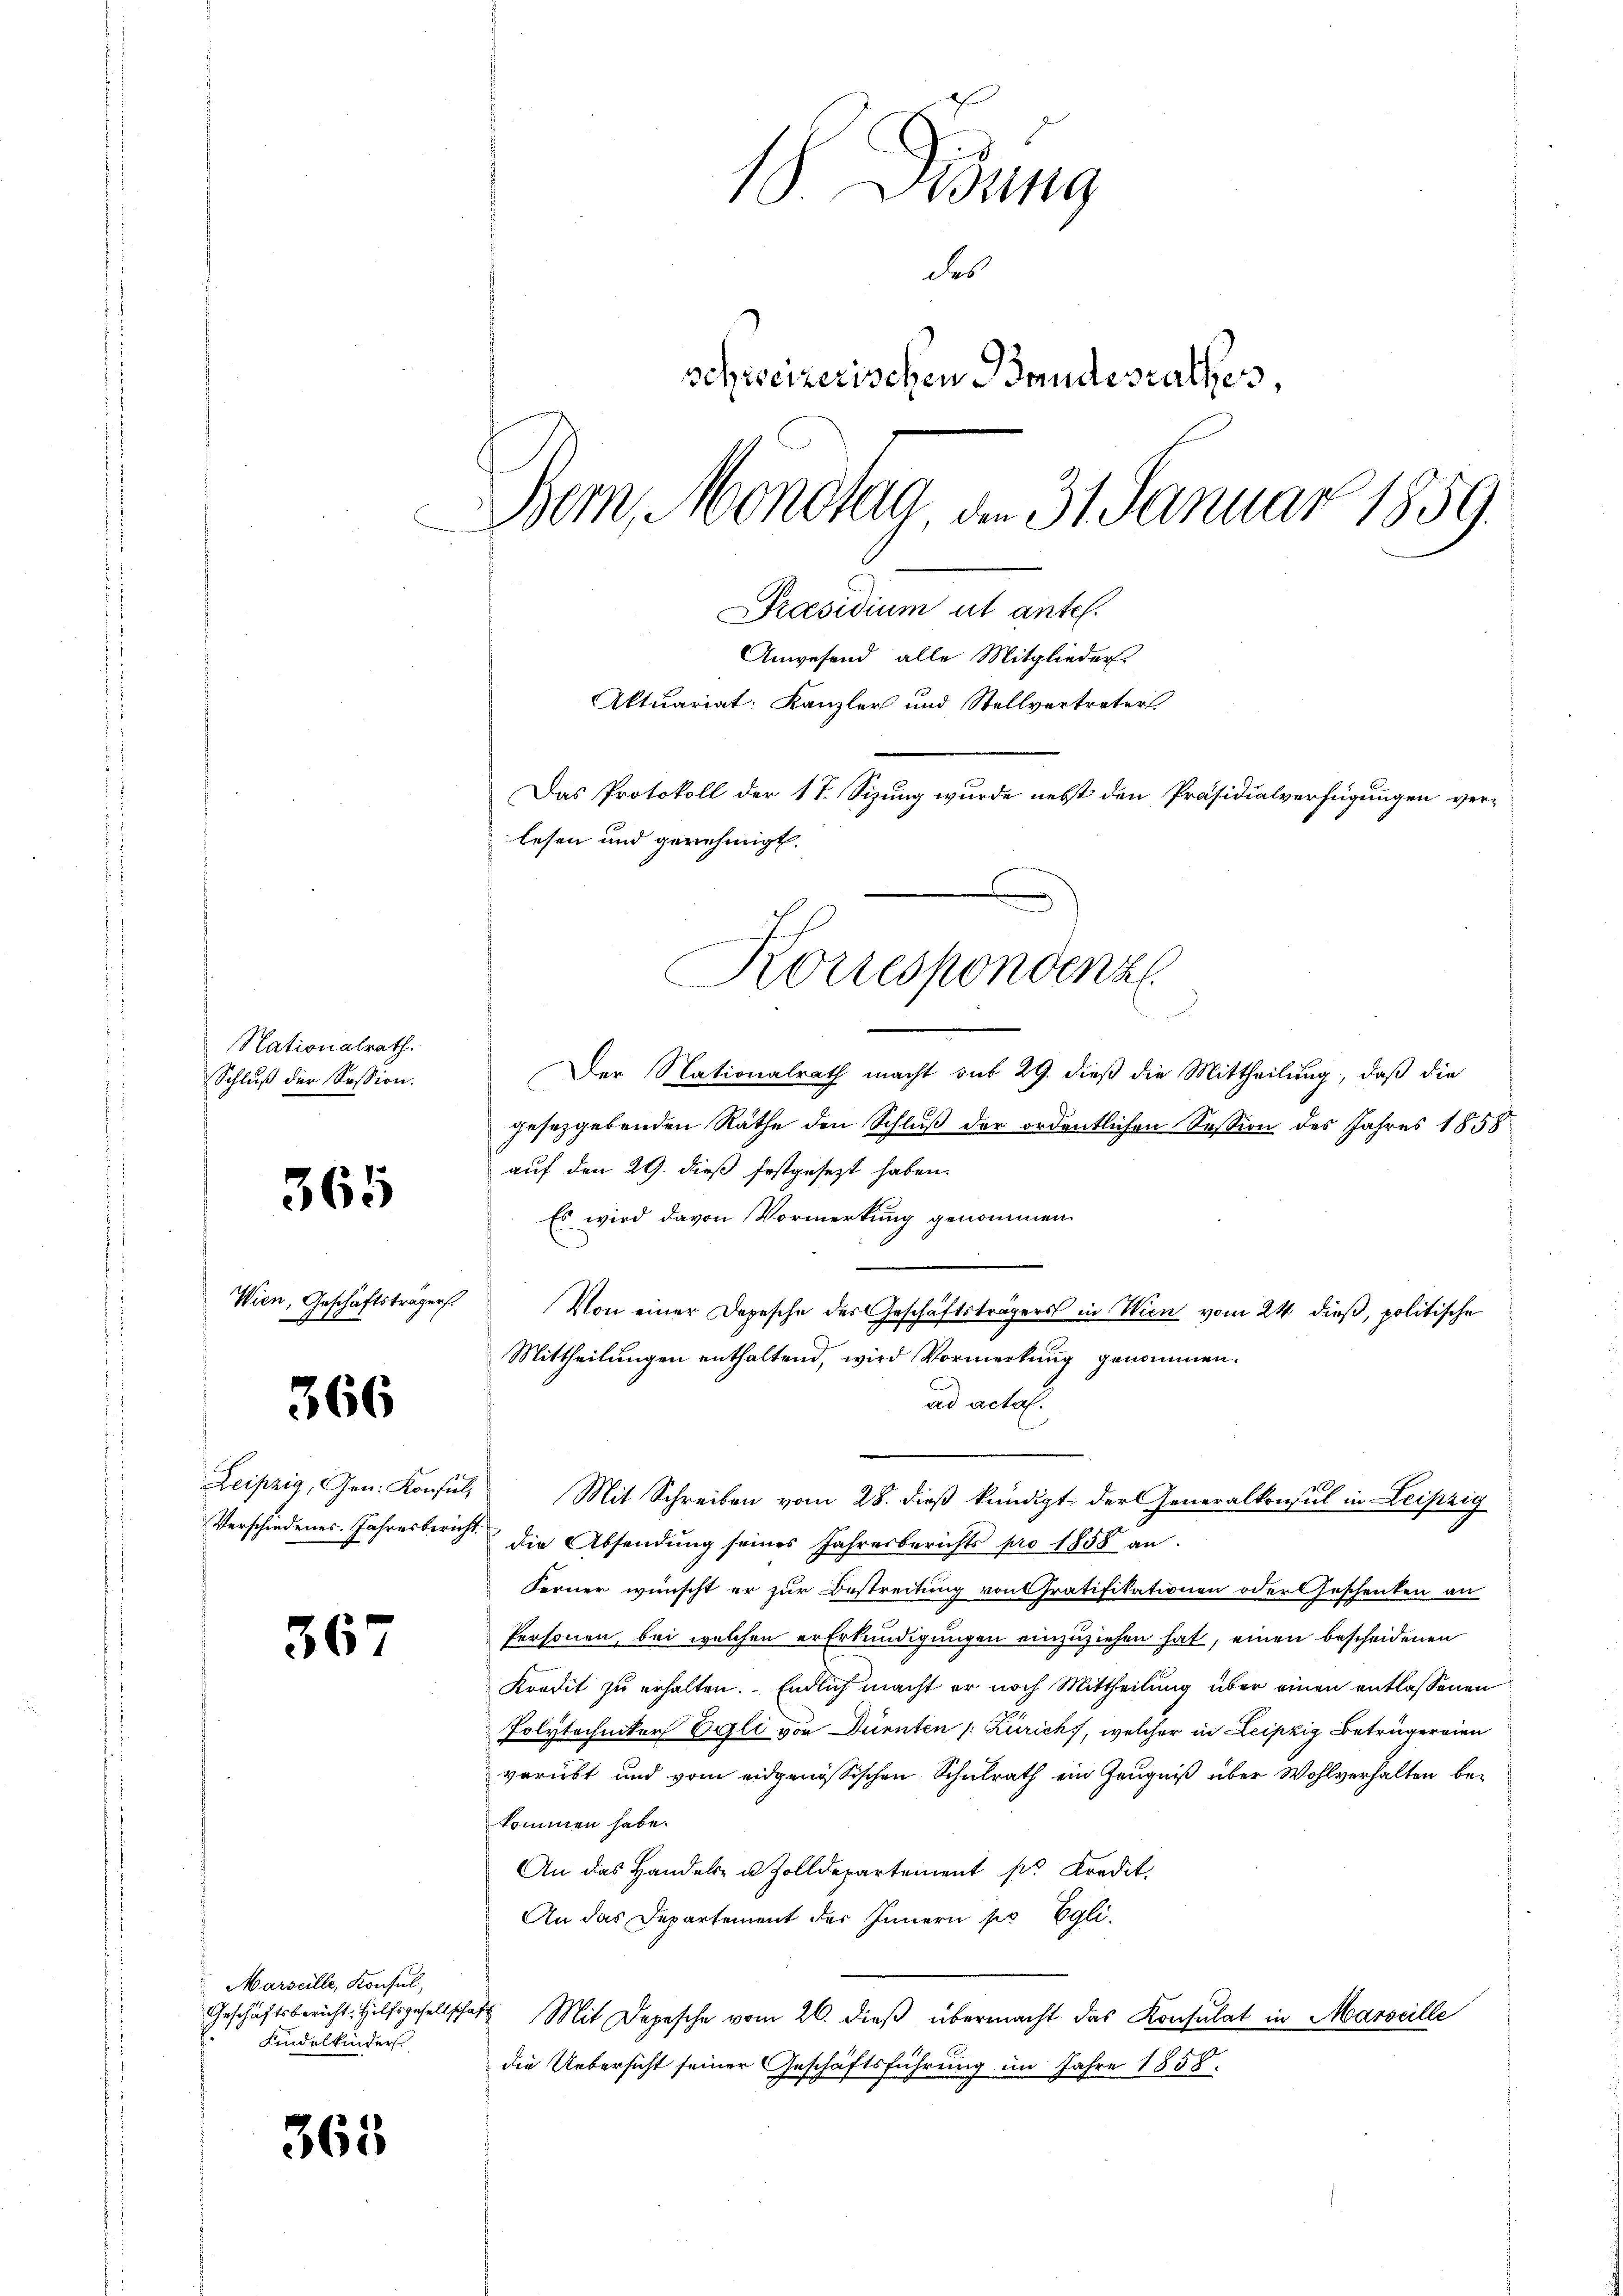
Nationalrath.
Schluß der Session.

365

Wien, Geschäftsträgers.
I 18

366

Leipzig, Gen. Konsin
Verschiedenes. Jahresbern

3

6

Marseille, Konsul,
Geschäftsbericht. Hilfsgesellsch
Kindelkinder

365

18 Wang
des
schweizerischen Bandesrathes,
Bem, Monotag am 31. Januar 1859.
Präsidium ut antel.
Anwesend alle Mitglieder
Aktuariat: Kanzler und Stellvertreter
Das Protokoll der 17. Sizung wurde nebst den Präsidialverfügungen ver-
lesen und genehmigt.
Korrespondenz

Der Nationalrath macht sub 29. dieß die Mittheilung, daß die
gesezgebenden Rathe den Schluß der ordentlichen Session des Jahres 1858
auf den 29. dieß festgesezt haben.
Es wird davon Vormerkung genommen
Von einer Depesche des Geschäftsträgers in Wien vom 24. dieß, politische
Mittheilungen enthaltend, wird Vormerkung genommen.
ad acta.
Mit Schreiben vom 28. dieß kündigt der Generalkonsul in Leipzig
die Absendung seines Jahresberichts pro 1858 an.
Ferner wünscht er zur Bestreitung von Gratifikationen oder Geschenken an
Personen, bei welchen er Erkundigungen einzuziehen hat, einen bescheidenen
Kredit zu erhalten. Endlich macht er noch Mittheilung über einen entlassenen
Polytechniker Eggli von Dürnten /: Zürich, welcher in Leipzig Betrügereien
verübt und vom eidgenössischen Schulrath ein Zeugniß über Wohlverhalten bekommen habe.
An das Handels- u. Zolldepartement ses Kredit.
An das Departement des Innern pr Egli.
4 Mit Depesche vom 26. dieß übermacht das Konsulat in Marseille
die Uebersicht seiner Geschäftsführung im Jahre 1858.